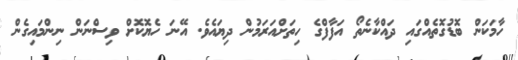
ހާމަކަން ބޮޑުގޮތެއްގައި ދައްކާނެތޯ އަފާފްގެ ހިތަށްއަރަމުން ދިޔައެވެ. އޭނަ ހެޔޮކޮށް ވިސްނަން ނިންމައިގެން